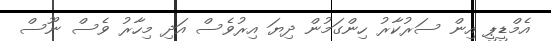
އެމްޑީޕީ އިން ސަރުކާރު ހިންގަމުން ދިޔަ އިރުވެސް އަދި މިހާރު ވެސް ނޫސް